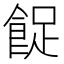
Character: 𱃨